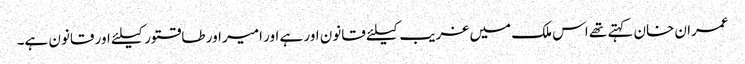
عمران خان کہتے تھے اس ملک میں غریب کیلئے قانون اور ہے اور امیر اور طاقتور کیلئے اور قانون ہے۔